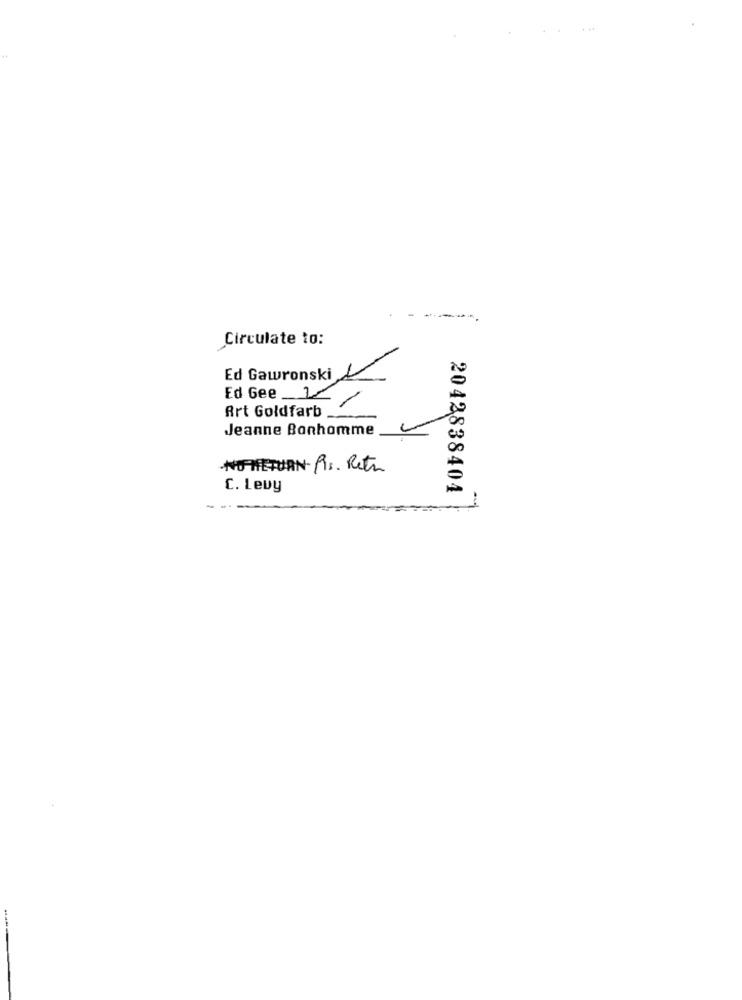
-----.
Circulate to:
Ed Gawronski
Ed Gee V
Art Goldfarb
Jeanne Bonhomme
NO RETURN- RIS. Reta
C. Levy
2042838404